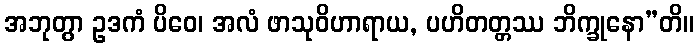
အဘုတွာ ဥဒကံ ပိဝေ၊ အလံ ဖာသုဝိဟာရာယ, ပဟိတတ္တဿ ဘိက္ခုနော”တိ။